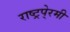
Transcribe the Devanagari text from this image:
राष्ट्रपे्रमी